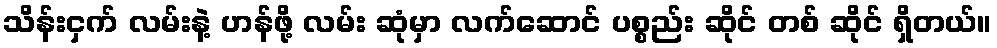
သိန်းငှက် လမ်းနဲ့ ဟန်ဖို့ လမ်း ဆုံမှာ လက်ဆောင် ပစ္စည်း ဆိုင် တစ် ဆိုင် ရှိတယ်။